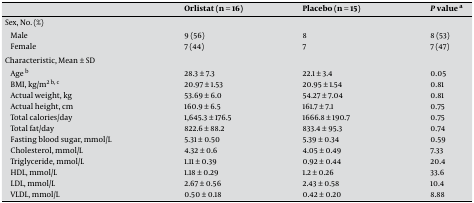
<table><thead><tr><td></td><td><b>Orlistat (n = 16)</b></td><td><b>Placebo (n = 15)</b></td><td><b>P value a</b></td></tr></thead><tbody><tr><td>Sex, No. (%)</td><td></td><td></td><td></td></tr><tr><td>Male</td><td>9 (56)</td><td>8</td><td>8 (53)</td></tr><tr><td>Female</td><td>7 (44)</td><td>7</td><td>7 (47)</td></tr><tr><td>Characteristic, Mean ± SD</td><td></td><td></td><td></td></tr><tr><td>Age b</td><td>28.3 ± 7.3</td><td>22.1 ± 3.4</td><td>0.05</td></tr><tr><td>BMI, kg/m<sup>2</sup>b, c</td><td>20.97 ± 1.53</td><td>20.95 ± 1.54</td><td>0.81</td></tr><tr><td>Actual weight, kg</td><td>53.69 ± 6.0</td><td>54.27 ± 7.04</td><td>0.81</td></tr><tr><td>Actual height, cm</td><td>160.9 ± 6.5</td><td>161.7 ± 7.1</td><td>0.75</td></tr><tr><td>Total calories/day</td><td>1,645.3 ± 176.5</td><td>1666.8 ± 190.7</td><td>0.75</td></tr><tr><td>Total fat/day</td><td>822.6 ± 88.2</td><td>833.4 ± 95.3</td><td>0.74</td></tr><tr><td>Fasting blood sugar, mmol/L</td><td>5.31 ± 0.50</td><td>5.39 ± 0.34</td><td>0.59</td></tr><tr><td>Cholesterol, mmol/L</td><td>4.32 ± 0.6</td><td>4.05 ± 0.49</td><td>7.33</td></tr><tr><td>Triglyceride, mmol/L</td><td>1.11 ± 0.39</td><td>0.92 ± 0.44</td><td>20.4</td></tr><tr><td>HDL, mmol/L</td><td>1.18 ± 0.29</td><td>1.2 ± 0.26</td><td>33.6</td></tr><tr><td>LDL, mmol/L</td><td>2.67 ± 0.56</td><td>2.43 ± 0.58</td><td>10.4</td></tr><tr><td>VLDL, mmol/L</td><td>0.50 ± 0.18</td><td>0.42 ± 0.20</td><td>8.88</td></tr></tbody></table>